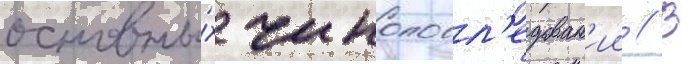
основны́х чинопосл'едован'ии // В